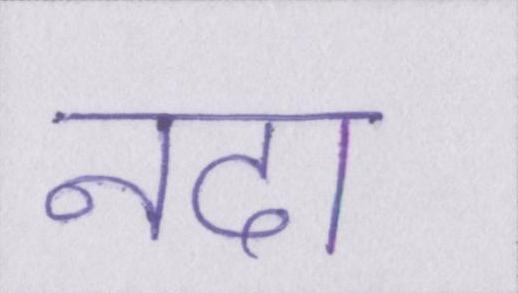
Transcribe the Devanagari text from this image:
नदा